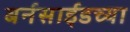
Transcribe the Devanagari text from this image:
बर्नसाईडच्या